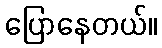
ပြောနေတယ်။